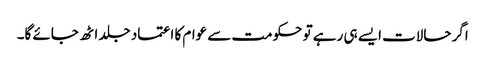
اگر حالات ایسے ہی رہے تو حکومت سے عوام کا اعتماد جلد اٹھ جائے گا۔